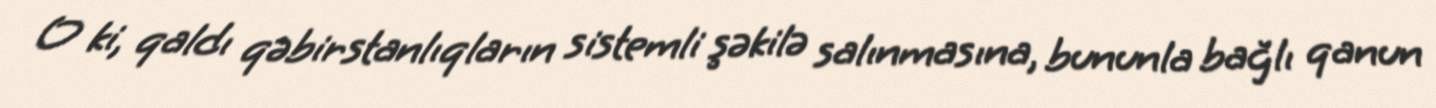
O ki, qaldı qəbirstanlıqların sistemli şəkilə salınmasına, bununla bağlı qanun